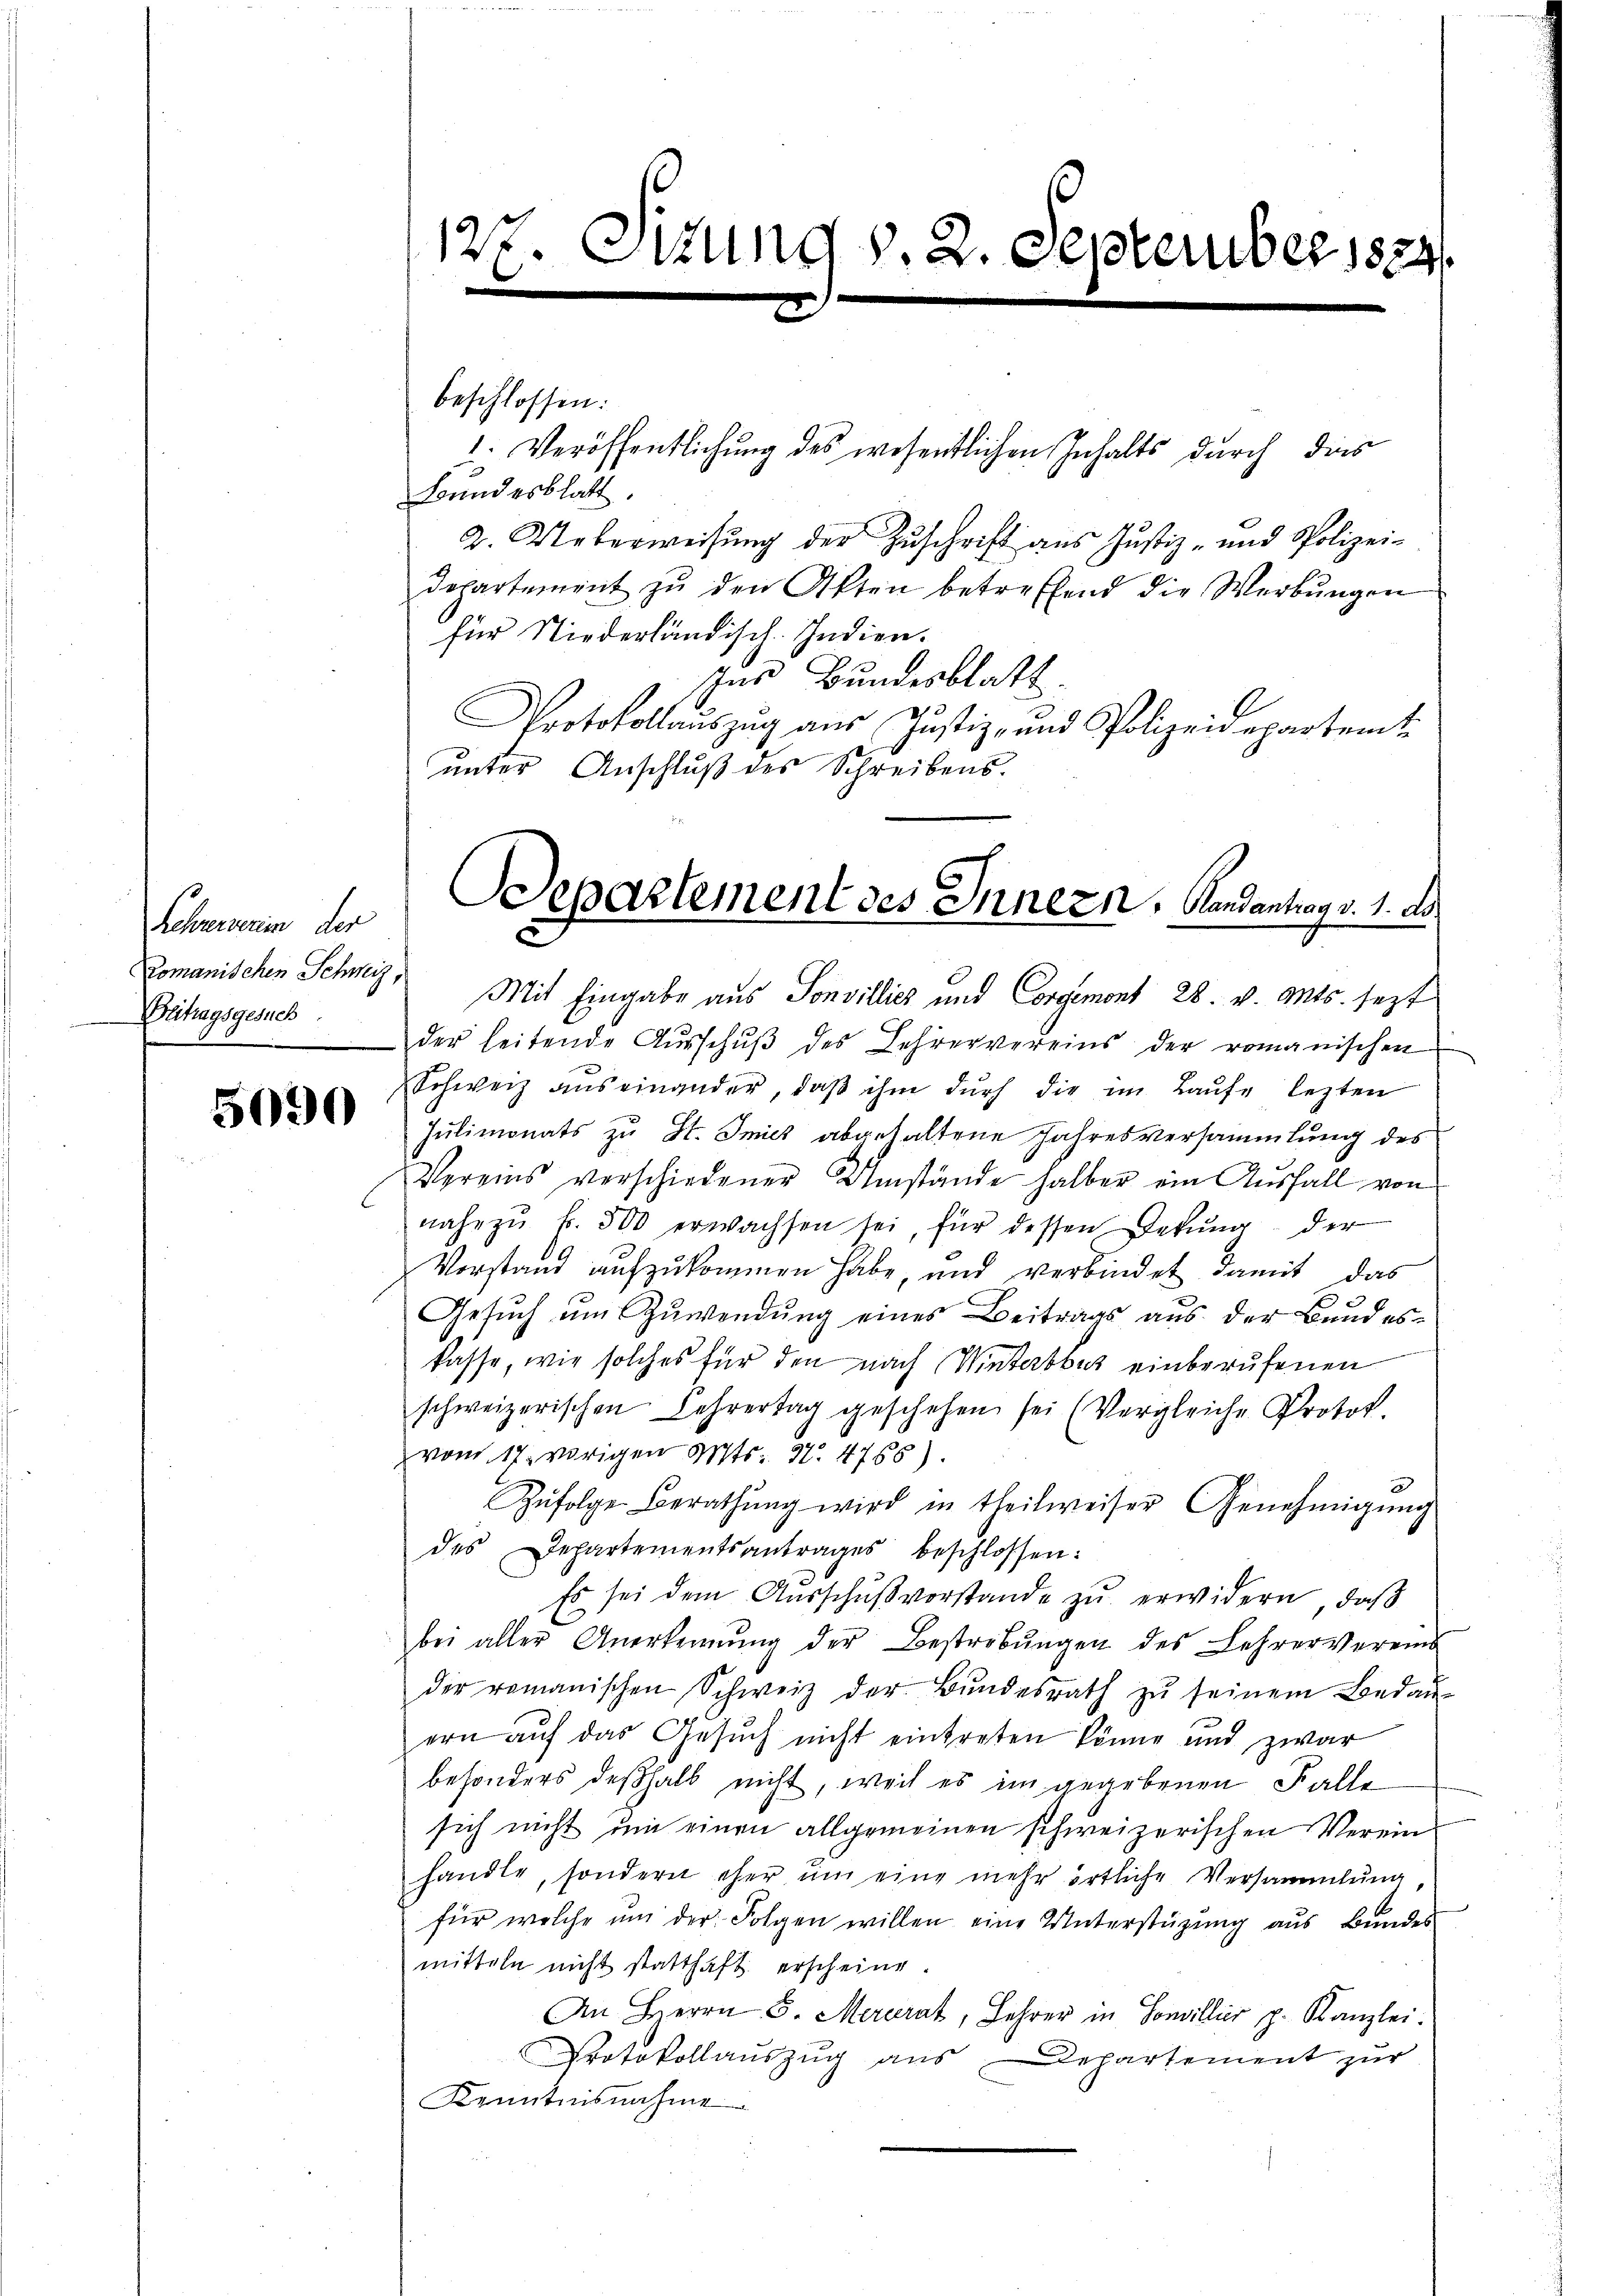
Kehrerverien der
Blitragsgesuch
.

5090

beschlossen:
2. Veröffentlichung des wesentlichen Inhalts durch dies
Bundesblatt.
2. Ueberweisung der Zuschrift aus Justiz- und Polizei-
departement zŭ den Akten betreffend die Werbŭngen
für Niederländisch. Indien.
ches Bundesblatt
Protokollaŭszŭg aŭs Justiz- und Polizeidepartenti
unter Anschluß des Schreibens.

127. Situng v. 2. September 1884

Departement des Innern, Handantrag v. 1. de
s

domanischen Schwyz, Mit Eingabe aus Sonvillics und Corgemont 28. v. Mts. sezt
der leitende Aŭsschŭβ des Lehrervereins der romanischen
Schweiz auseinander, daβ ihm dŭrch die im Laŭfe lezten
Julimonats zu St. Imicz abgehaltene Jahresversammlung des
Vereins verschiedener Umstände halber ein Ausfall von
nahe zŭ f. 500 erwachsen sei, für dessen Dekŭng der
Vorstand aufzukommen habe, und verbindet damit das
Gesuch um Zuwendung eines Beitrags aus der Bundeskasse, wie solches für den nach Winterbbus einberufenen
schweizerischen Lehrertag geschehen sei (Vergleiche Protok
vom 17. vorigen Mts. 37. 4758).
Zŭfolge Berathŭng wird in theilweiser Genehmigŭng
des Departementsantrages beschlossen:
Es sei dem Aŭsschŭβ vorstande zŭ erwidern, daβ
bei aller Anerkennung der Bestrebŭngen des Lehrervereins
der romanischen Schweiz der Bŭndesrath zŭ seinem Bedaŭ-
ern aŭf das Gesŭch nicht eintreten könne und zwar
besonders deßhalb nicht, weil es im gegebenen Falle
sich nicht um einen allgemeinen schweizerischen Verein
handle, sondern eher und eine mehr örtliche Versammlung
für welche um der Folgen willen eine Unterstüzung aus Bundes
mitteln nicht statthaft erscheine.
An Herrn S. Mercrat, Lehrer in Sonvillier p. Kanzlei-
Protokollauszug aus Departement zŭr
Kenntnisnahme